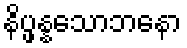
နိပ္ဖန္နသောဘနော